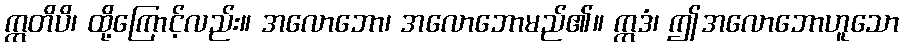
ဣတိပိ၊ ထို့ကြောင့်လည်း။ အလောဘော၊ အလောဘောမည်၏။ ဣဒံ၊ ဤအလောဘောဟူသော